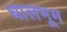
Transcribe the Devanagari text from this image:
धालभूम